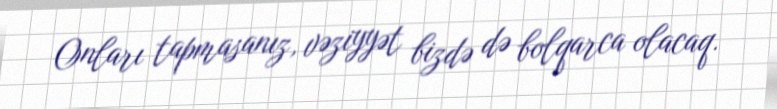
Onları tapmasanız, vəziyyət bizdə də bolqarca olacaq.